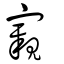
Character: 寴